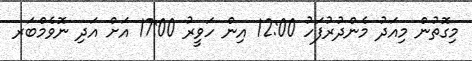
މިގޮތުން މިއަދު މެންދުރުފަހު 12:00 އިން ހަވީރު 17:00 އަށް އަދި ނޮވެމްބަރ